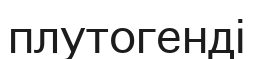
плутогенді